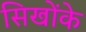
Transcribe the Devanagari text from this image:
सिखोंके